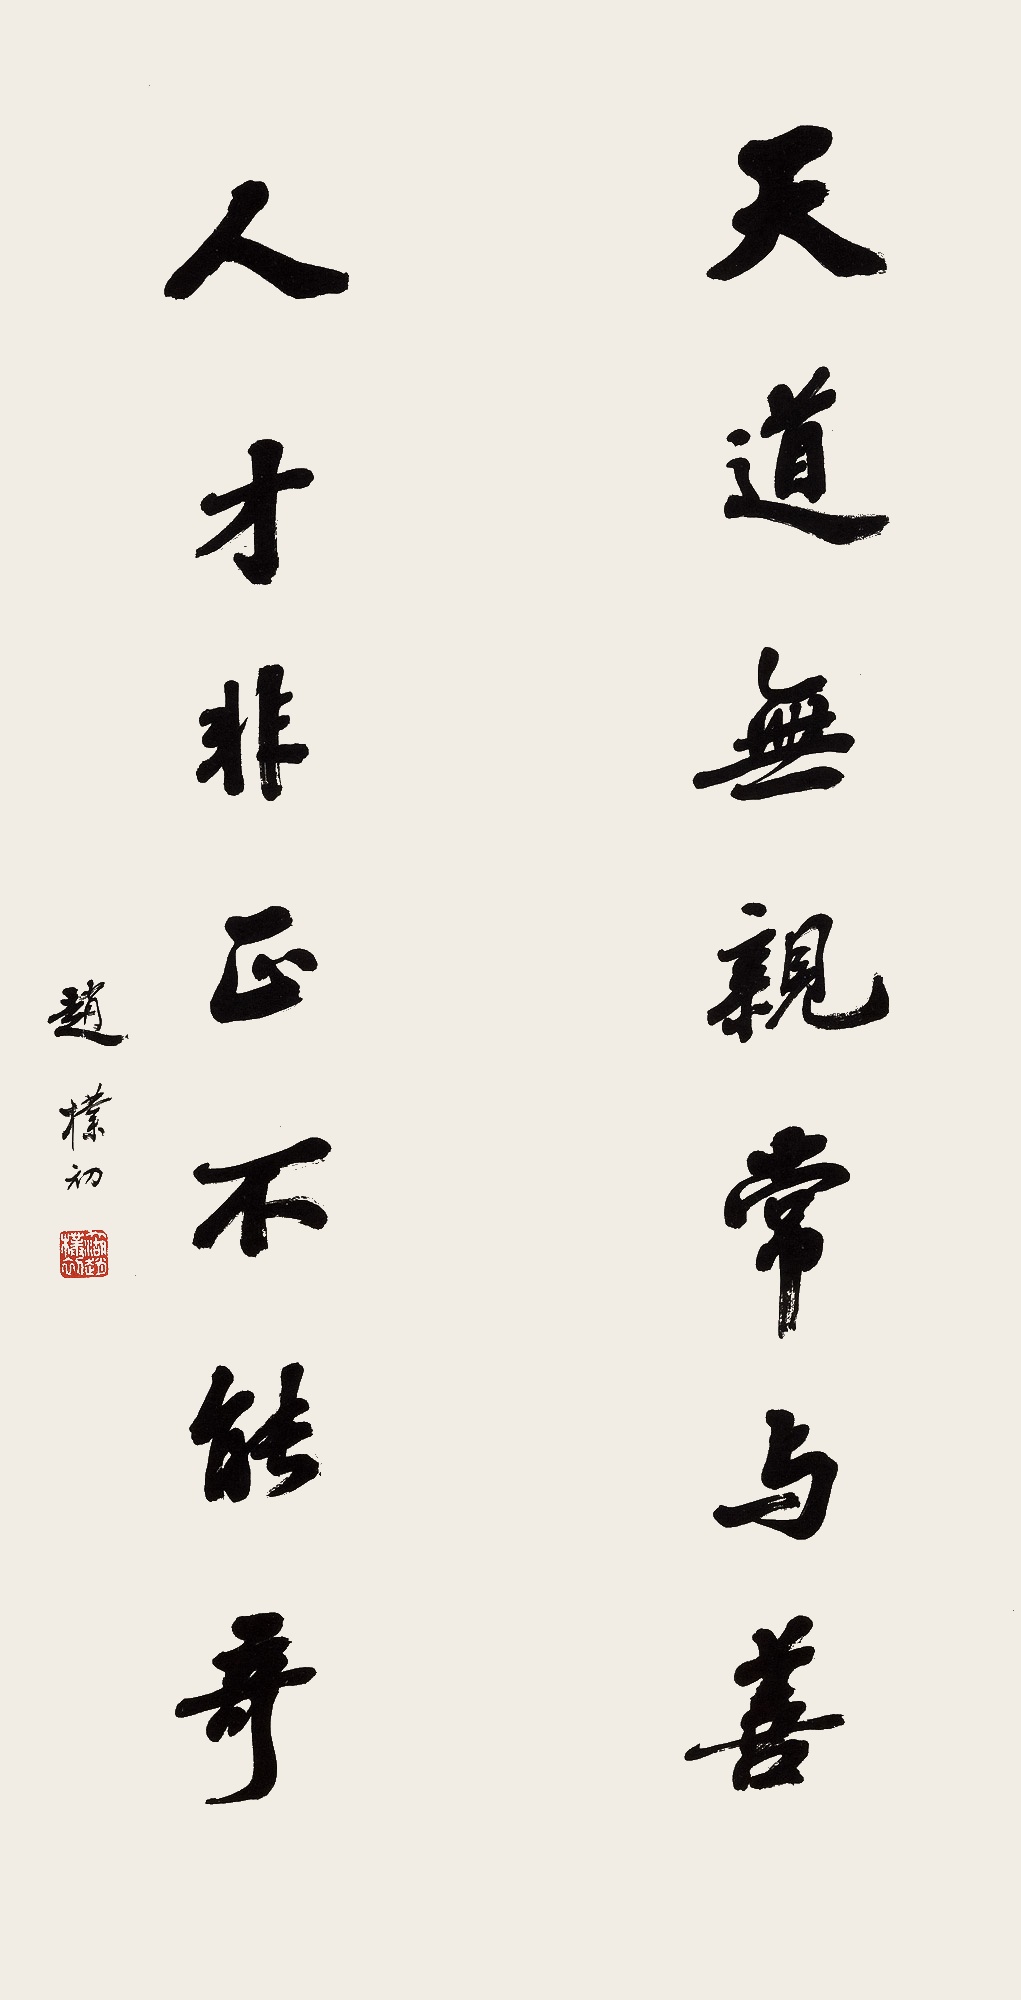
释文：天道无亲常与善，人才非正不能奇。赵朴初。